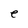
Character: e